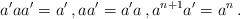
LaTeX: \begin{align*}a'aa' = a'\,,aa'=a'a\,,a^{n+1} a' = a^n\,.\end{align*}